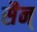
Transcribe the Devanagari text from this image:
सैन्